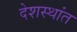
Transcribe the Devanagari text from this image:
देशस्थांत